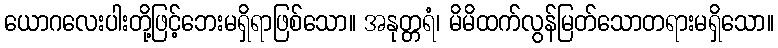
ယောဂလေးပါးတို့ဖြင့်ဘေးမရှိရာဖြစ်သော။ အနုတ္တရံ၊ မိမိထက်လွန်မြတ်သောတရားမရှိသော။